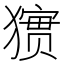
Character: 㺙